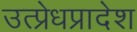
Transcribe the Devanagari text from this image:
उत्प्रेधप्रादेश